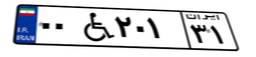
۰۲W۶۳۹۲۲